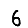
Digit: 6